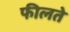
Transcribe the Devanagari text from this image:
फीलते